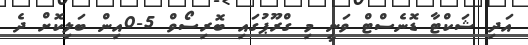
އަދި ޝަކްޓާ ޑޮނެސްޓް ވަނީ މި ގްރޫޕުގައި ބޮރިސޯވް 5-0އިން ބަލިކޮށް ދެ